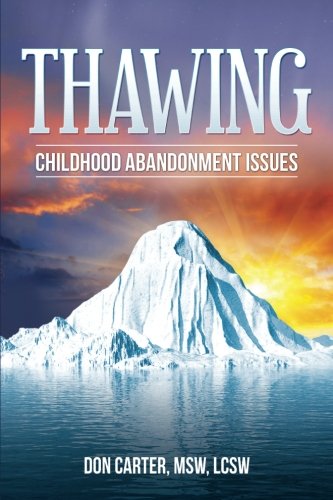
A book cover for Thawing Childhood Abandonment Issues; Don Carter; Self-Help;